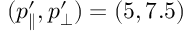
( p _ { \parallel } ^ { \prime } , p _ { \bot } ^ { \prime } ) = ( 5 , 7 . 5 )